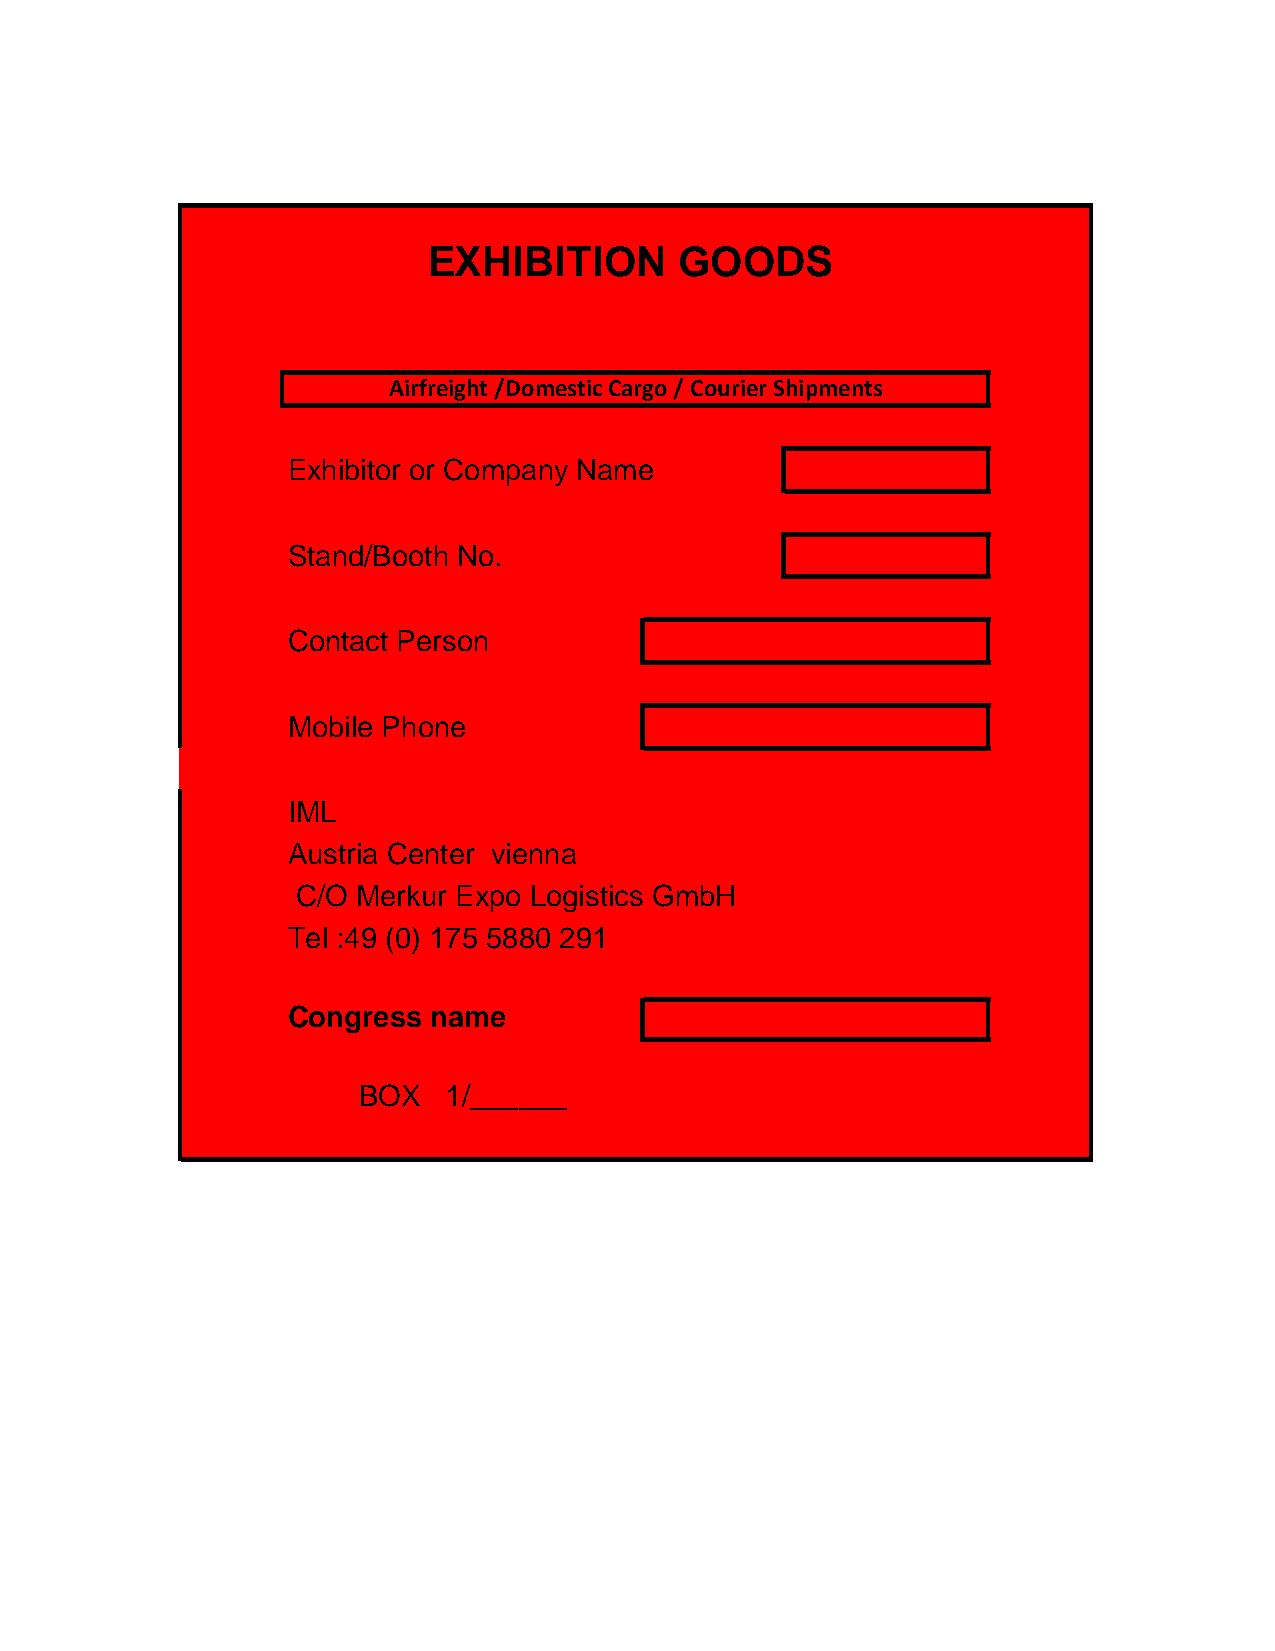
EXHIBITION       GOODS
 Airfreight /Domestic Cargo / Courier Shipments
 Exhibitor or Company Name
 Stand/Booth No.
 Contact Person
 Mobile Phone
 IML
 Austria Center vienna
 C/O Merkur Expo Logistics GmbH
 Tel :49 (0) 175 5880 291
 Congress name
 BOX  1/______